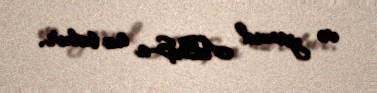
və yaxud ABŞ-a üz tutur.